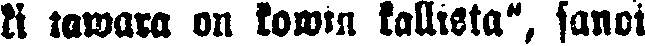
ki tawara on kowin kallista", sanoi